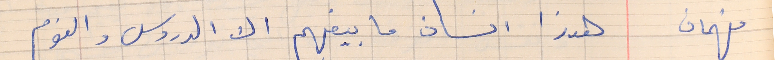
فهمان   هذا انسان ما بيفهم الا الدروس والنوم